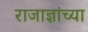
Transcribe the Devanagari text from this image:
राजाज्ञांच्या